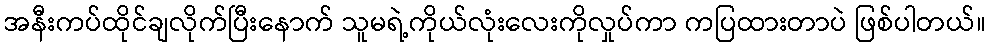
အနီးကပ်ထိုင်ချလိုက်ပြီးနောက် သူမရဲ့ကိုယ်လုံးလေးကိုလှုပ်ကာ ကပြထားတာပဲ ဖြစ်ပါတယ်။